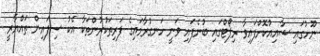
ނޫހުގައި ޝާއިއުކޮށްފައިވާ ރިޕޯޓްގައި ބުނެފައި ވަނީ ހަނގުރާމައިގެ ފަރިތަކުރުންތަކާ އެކު ސިފައިން ތައްޔާރީ